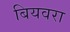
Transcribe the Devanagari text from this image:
बियवरा